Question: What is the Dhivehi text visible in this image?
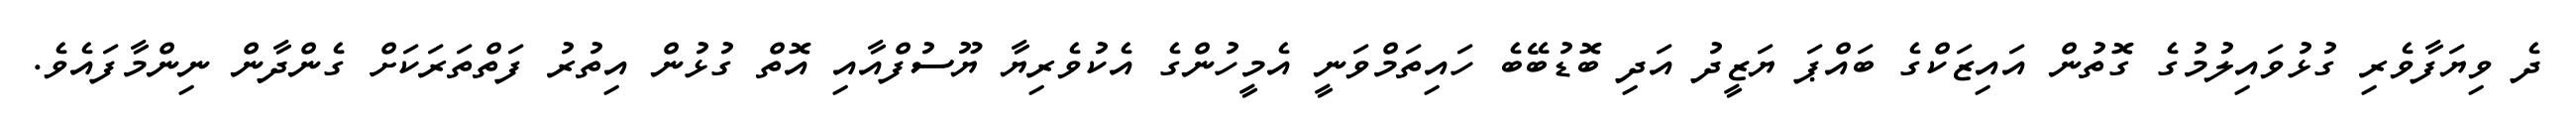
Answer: ދެ ވިޔަފާވެރި ގުޅުވައިލުމުގެ ގޮތުން އައިޒަކްގެ ބައްޕަ ޔަޒީދު އަދި ބޮޑުބޭބެ ހައިތަމްވަނީ އެމީހުންގެ އެކުވެރިޔާ ޔޫސުފްއާއި އޮތް ގުޅުން އިތުރު ފަތްތަރަކަށް ގެންދާން ނިންމާފައެވެ.